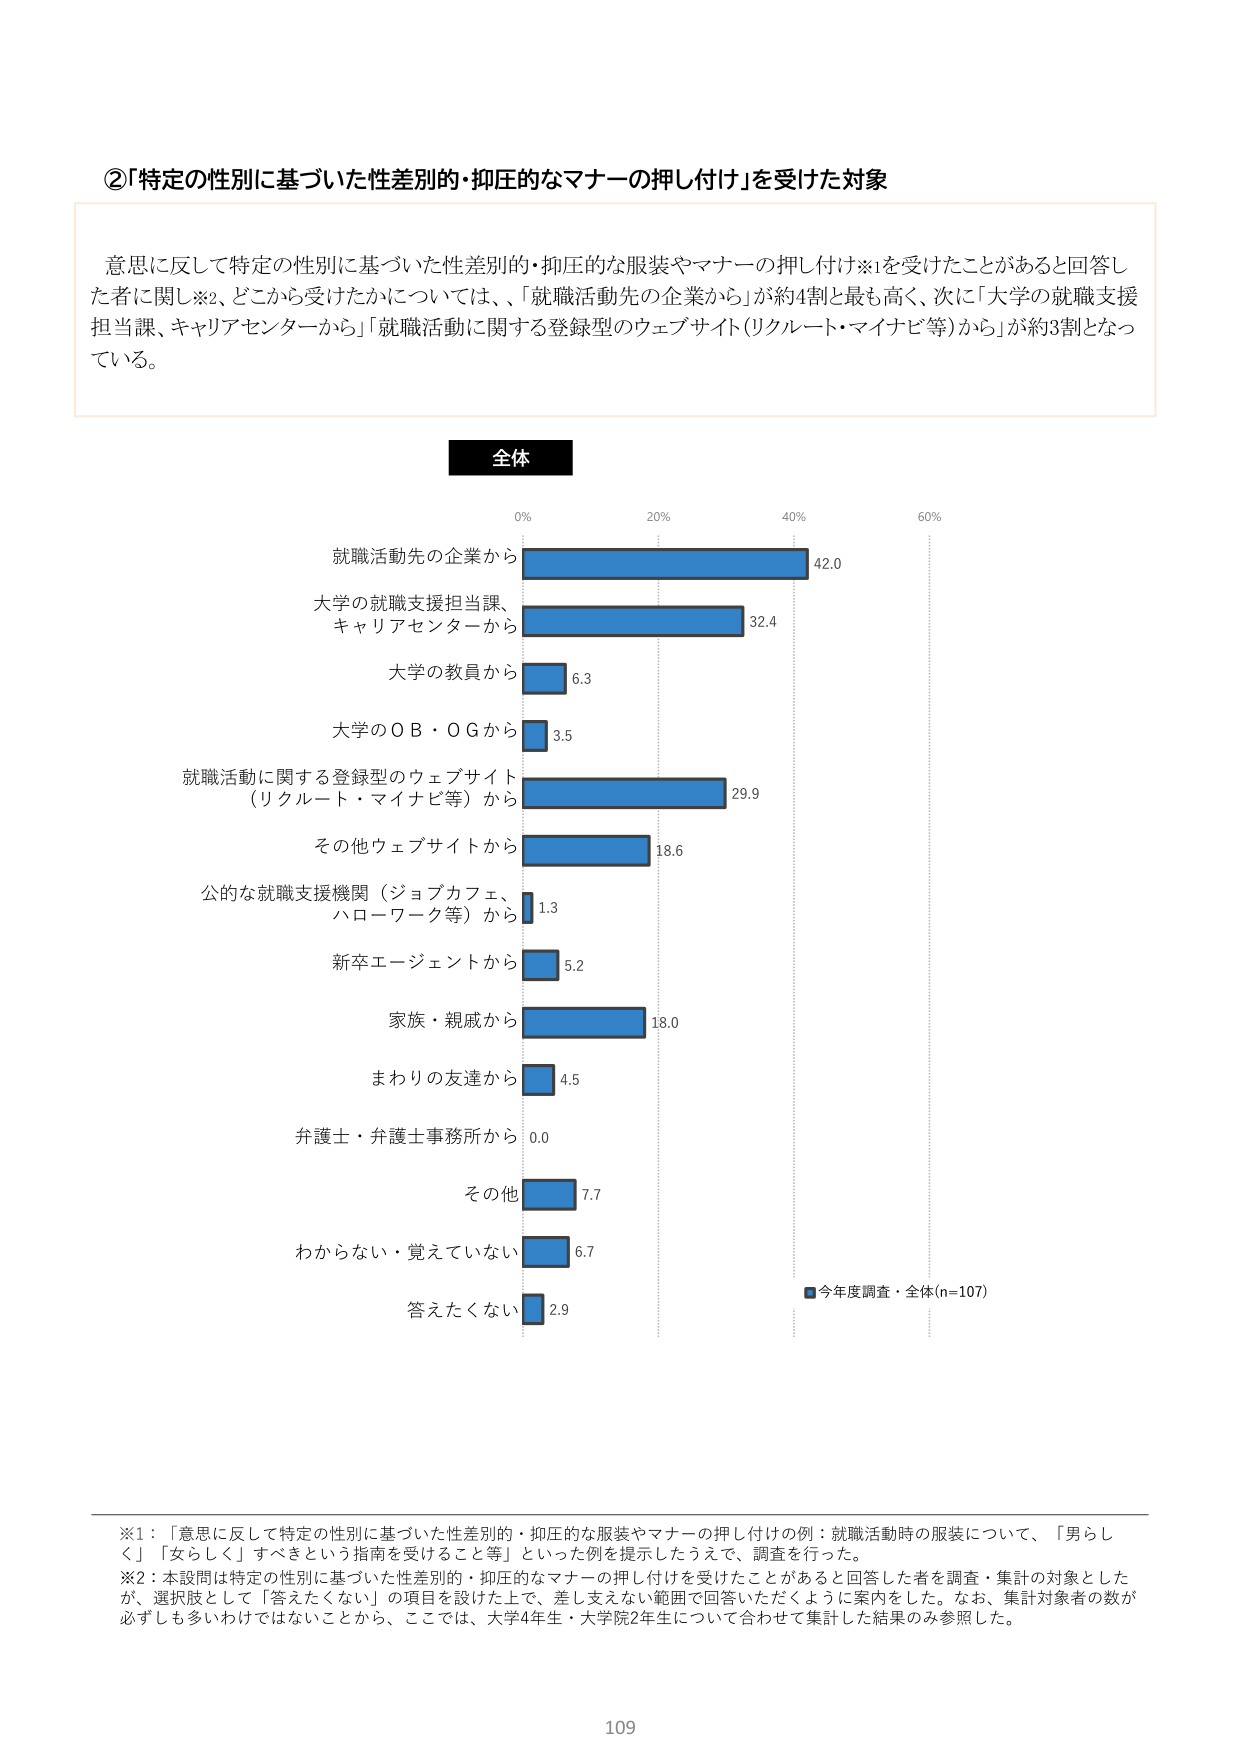
②「特定の性別に基づいた性差別的・抑圧的なマナーの押し付け」を受けた対象

意思に反して特定の性別に基づいた性差別的・抑圧的な服装やマナーの押し付け※1を受けたことがあると回答した者に関して※2、どこから受けたかについては、「就職活動先の企業から」が約4割と最も高く、次に「大学の就職支援担当課、キャリアセンターから」「就職活動に関する登録型のウェブサイト（リクルート・マイナビ等）から」が約3割となっている。

全体

0% 20% 40% 60%

就職活動先の企業から 42.0
大学の就職支援担当課、
キャリアセンターから 32.4
大学の教員から 6.3
大学のＯＢ・ＯＧから 3.5
就職活動に関する登録型のウェブサイト
（リクルート・マイナビ等）から 29.9
その他ウェブサイトから 18.6
公的な就職支援機関（ジョブカフェ、
ハローワーク等）から 1.3
新卒エージェントから 5.2
家族・親戚から 18.0
まわりの友達から 4.5
弁護士・弁護士事務所から 0.0
その他 7.7
わからない・覚えていない 6.7
答えたくない 2.9

■今年度調査・全体(n=107)

※1：「意思に反して特定の性別に基づいた性差別的・抑圧的な服装やマナーの押し付けの例：就職活動時の服装について、「男らしく」「女らしく」すべきという指導を受けること等」といった例を提示したうえで、調査を行った。
※2：本設問は特定の性別に基づいた性差別的・抑圧的なマナーの押し付けを受けたことがあると回答した者を調査・集計の対象としたが、選択肢として「答えたくない」の項目を設けた上で、差し支えない範囲で回答いただくように案内をした。なお、集計対象者の数が必ずしも多いわけではないことから、ここでは、大学4年生・大学院2年生について合わせて集計した結果のみ参照した。

109